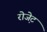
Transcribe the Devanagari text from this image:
रोजे़ट